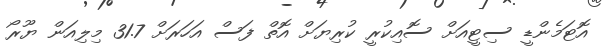
އޮޓަމެންޑީ ސިޓީއަށް ސޮއިކުރީ ކުރިޔަށް އޮތް ފަސް އަހަރަށް 31.7 މިލިއަން ޔޫރޯ